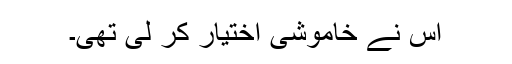
اس نے خاموشی اختیار کر لی تھی۔